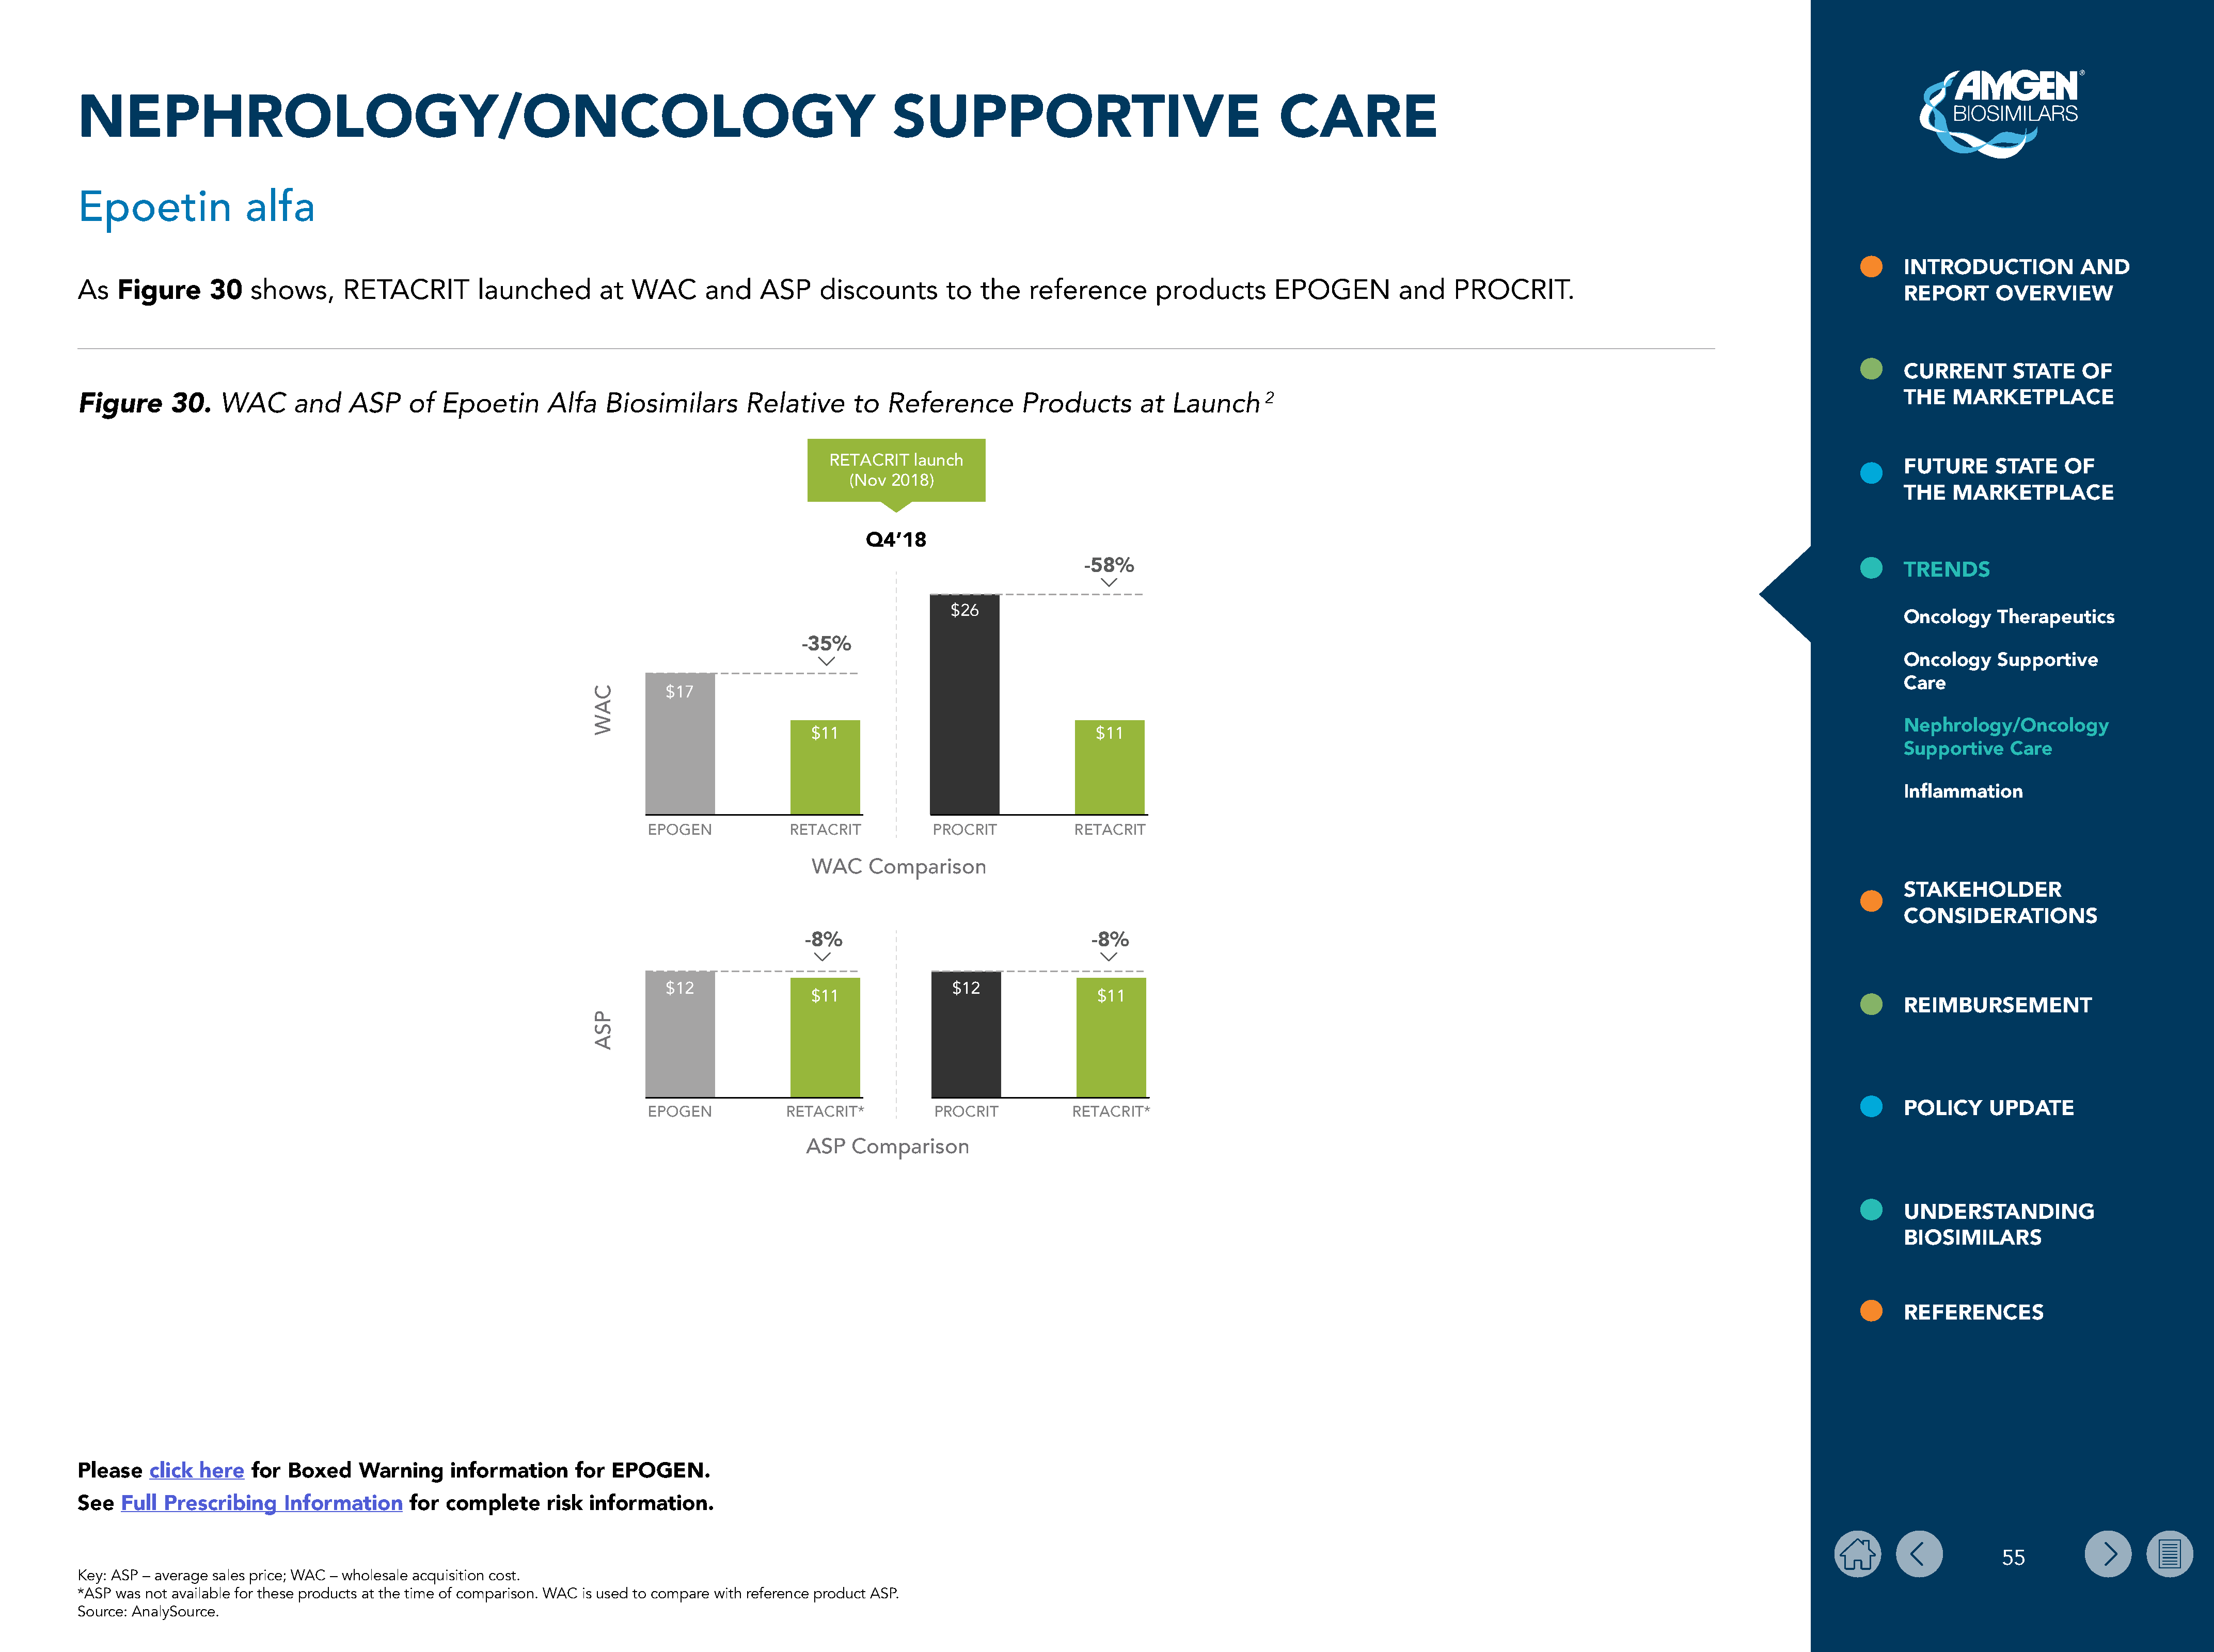
NEPHROLOGY/ONCOLOGY                                                                                     SUPPORTIVE                                        CARE
 Epoetin              alfa
 INTRODUCTION           AND
 As   Figure      30   shows,      RETACRIT         launched        at  WAC      and    ASP     discounts       to   the   reference       products       EPOGEN          and    PROCRIT.
 REPORT      OVERVIEW
 CURRENT       STATE    OF
 WAC       and    ASP    of   Epoetin      Alfa   Biosimilars        Relative     to   Reference        Products       at  Launch      2                                                                                 THE   MARKETPLACE
 Figure      30.
 RETACRIT   launch
 FUTURE      STATE    OF
 (Nov 2018)
 THE   MARKETPLACE
 Q4’18
 -58%
 TRENDS
 $26
 Oncology    Therapeutics
 -35%
 Oncology    Supportive
 Care
 $17
 Nephrology/Oncology
 $11                                 $11
 Supportive    Care
 Inflammation
 EPOGEN            RETACRIT           PROCRIT           RETACRIT
 WAC    Comparison
 STAKEHOLDER
 CONSIDERATIONS
 -8%                                  -8%
 $12                                  $12
 $11                                  $11
 REIMBURSEMENT
 EPOGEN            RETACRIT*          PROCRIT          RETACRIT*                                                                                                  POLICY     UPDATE
 ASP   Comparison
 UNDERSTANDING
 BIOSIMILARS
 REFERENCES
 Please   click  here  for  Boxed    Warning     information     for EPOGEN.
 See  Full  Prescribing    Information     for  complete     risk  information.
 55
 Key: ASP – average sales price; WAC – wholesale acquisition cost.
 *ASP was not available for these products at the time of comparison. WAC is used to compare with reference product ASP.
 Source: AnalySource.
 CAW
 PSA